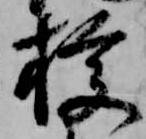
授